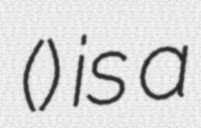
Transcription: (根来寺) is a